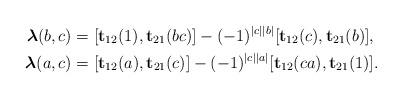
LaTeX: \begin{align*}\boldsymbol{\lambda}(b,c)&=[\mathbf{t}_{12}(1),\mathbf{t}_{21}(bc)]-(-1)^{|c||b|}[\mathbf{t}_{12}(c),\mathbf{t}_{21}(b)],\\\boldsymbol{\lambda}(a,c)&=[\mathbf{t}_{12}(a),\mathbf{t}_{21}(c)]-(-1)^{|c||a|}[\mathbf{t}_{12}(ca),\mathbf{t}_{21}(1)].\end{align*}